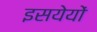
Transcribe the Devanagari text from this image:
इसयेयों